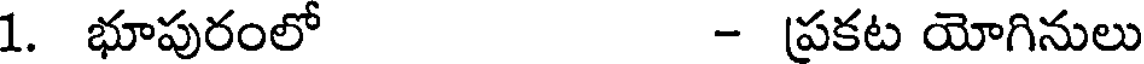
1. భూపురంలో - ప్రకట యోగినులు